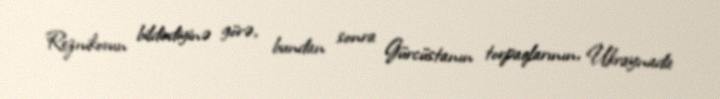
Reznikovun bildirdiyinə görə, bundan sonra Gürcüstanın torpaqlarının, Ukraynada